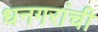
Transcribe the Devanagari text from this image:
धनगरांची